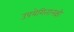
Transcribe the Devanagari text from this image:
उपयेगितालक्षी